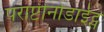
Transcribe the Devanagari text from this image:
पराप्टीनोडाईट्स